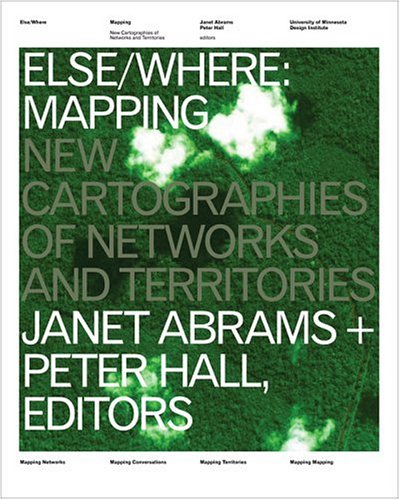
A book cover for Else/Where: Mapping EE New Cartographies of Networks and Territories; Science & Math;